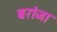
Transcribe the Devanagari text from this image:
बरांजा